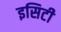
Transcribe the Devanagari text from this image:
इसिटी